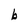
Character: b